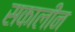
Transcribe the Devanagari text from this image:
सकालीन